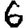
Digit: 6